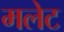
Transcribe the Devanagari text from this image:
मलेट